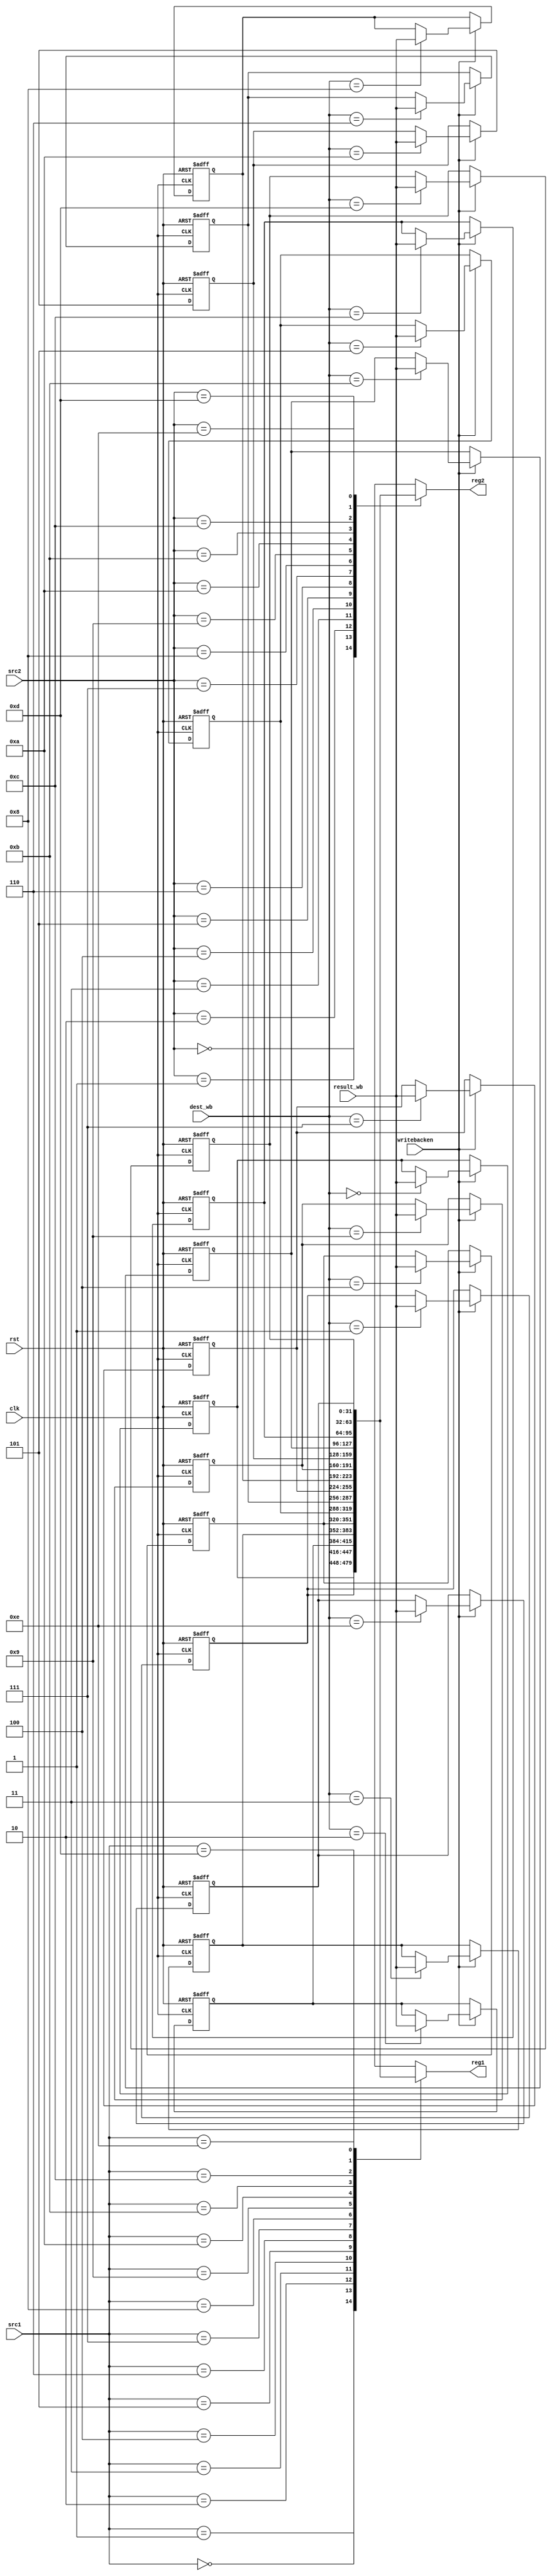
module regfile(input clk,rst,
input [3:0]src1,src2,dest_wb,input [31:0]result_wb,
input writebacken, output reg[31:0]reg1,reg2);
reg [31:0] regfile[0:14];
always@(*)begin
    reg1<=regfile[src1];
    reg2<=regfile[src2];
    end
integer i;
always@(posedge rst,negedge clk)begin 
    if (rst)begin
        for (i=0; i<=14 ; i=i+1)begin
        regfile[i]<=i;
        end
    end
    else if(writebacken)
        regfile[dest_wb]<=result_wb;
end
endmodule